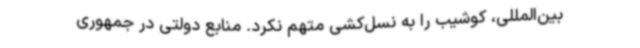
بین‌المللی، کوشیب را به نسل‌کشی متهم نکرد. منابع دولتی در جمهوری